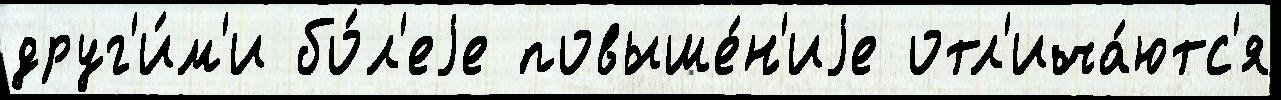
друг'и́м'и бо́л'еjе повыше́н'иjе отл'ича́ютс'я